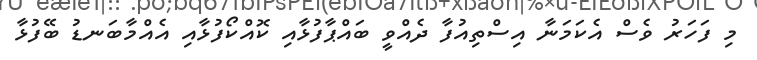
މި ފަހަރު ވެސް އެކަމަނާ އިސްތިއުފާ ދެއްވީ ބައްޕާފުޅާއި ކޮއްކޯފުޅާއި އެއްމާބަނޑު ބޭފުޅާ